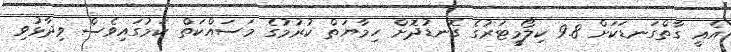
އެެއީ ގާތްގަނޑަކަށް 9.8 ކިލޯމީޓަރުގެ ގޮނޑުދޮށް ހިމާޔަތް ކުރުމުގެ މަސައްކަތް ކަމުގައިވެސް ވިދާޅުވި